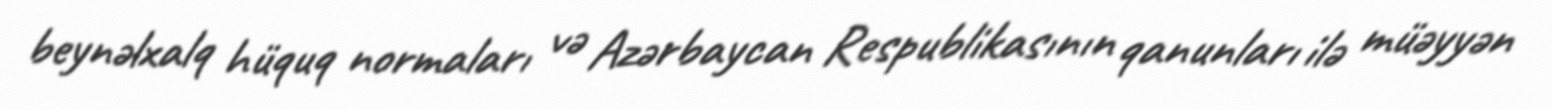
beynəlxalq hüquq normaları və Azərbaycan Respublikasının qanunları ilə müəyyən